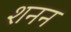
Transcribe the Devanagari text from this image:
शनन